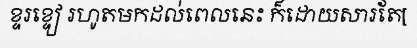
ខ្ទរខ្ទៀ រហូតមកដល់ពេលនេះ ក៏ដោយសារតែ[